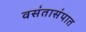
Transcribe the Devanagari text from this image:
वसंतासंपात